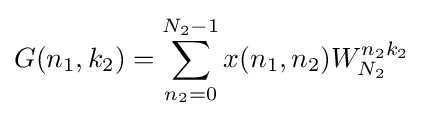
G(n_{1},k_{2})=\sum _{n_{2}=0}^{N_{2}-1}x(n_{1},n_{2})W_{N_{2}}^{n_{2}k_{2}}